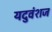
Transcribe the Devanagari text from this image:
यदुवंशज